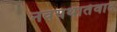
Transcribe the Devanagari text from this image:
नवयथार्तवाद